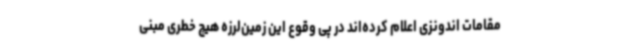
مقامات اندونزی اعلام کرده‌اند در پی وقوع این زمین‌لرزه هیچ خطری مبنی